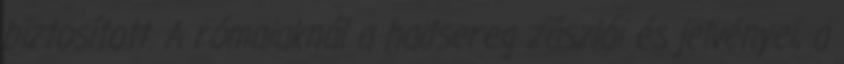
biztosított. A rómaiaknál a hadsereg zászlói és jelvényei, a